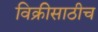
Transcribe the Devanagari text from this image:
विक्रीसाठीच